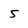
Character: 5